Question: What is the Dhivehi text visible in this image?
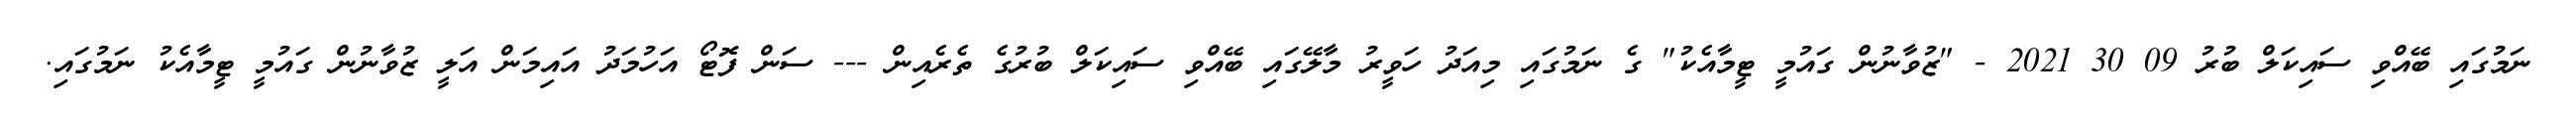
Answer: ނަމުގައި ބޭއްވި ސައިކަލް ބުރު 09 30 2021 - "ޒުވާނުން ގައުމީ ޓީމާއެކު" ގެ ނަމުގައި މިއަދު ހަވީރު މާލޭގައި ބޭއްވި ސައިކަލް ބުރުގެ ތެރެއިން --- ސަން ފޮޓޯ އަހުމަދު އައިމަން އަލީ ޒުވާނުން ގައުމީ ޓީމާއެކު ނަމުގައި.